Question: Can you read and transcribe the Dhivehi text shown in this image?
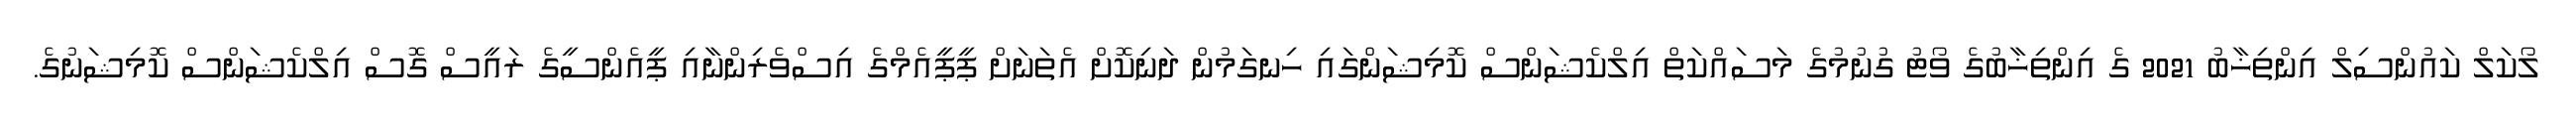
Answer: ލޯކަލް ކައުންސިލް އިންތިޚާބު 2021 ގެ އިންތިޚާބުގެ ވޯޓު ގުނުމުގެ މަސައްކަތް އިލްކެޝަންސް ކޮމިޝަންގައި ހިނގަމުން ދަނިކޮށް އެތަނަށް ޕީޕީއެމްގެ އިސްވެރިންނާއި ޕީއެންސީގެ ރައީސް ގޮސް އިލްކެޝަންސް ކޮމިޝަނުގެ.